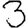
Digit: 3